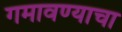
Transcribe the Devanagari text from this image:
गमावण्याचा